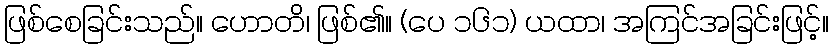
ဖြစ်စေခြင်းသည်။ ဟောတိ၊ ဖြစ်၏။ (ပေ ၁၆၁) ယထာ၊ အကြင်အခြင်းဖြင့်။